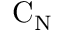
\mathrm { C } _ { \mathrm { N } }